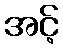
အင့်